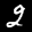
Label: 2